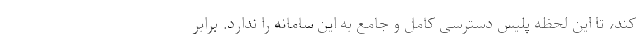
کند، تا این لحظه پلیس دسترسی کامل و جامع به این سامانه را ندارد. برابر